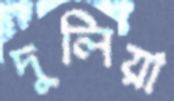
দুলিয়া